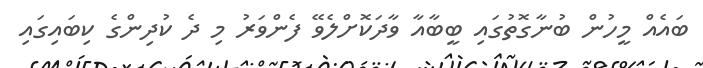
ބައެއް މީހުން ބުނާގޮތުގައި ބީބާއާ ވާދަކޮށްލެވޭ ފެންވަރު މި ދެ ކުދިންގެ ކިބައިގައި